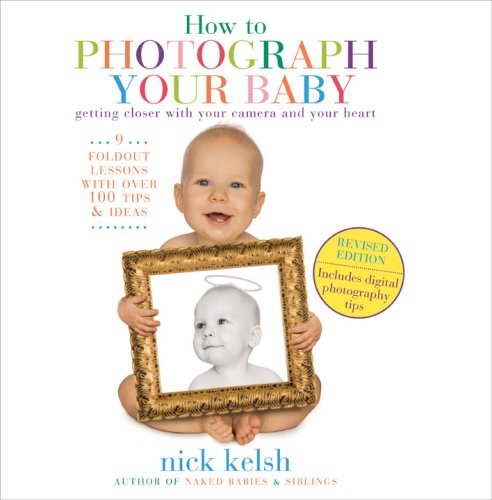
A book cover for How To Photograph Your Baby: Revised Edition; Nick Kelsh; Arts & Photography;